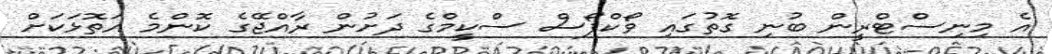
އެ މިނިސްޓްރީން ބުނި ގޮތުގައި ވޯކްފޯސް ސްކީމްގެ ދަށުން ރާއްޖޭގެ ކޮންމެ އަތޮޅަކަށް